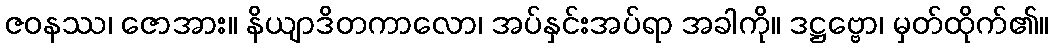
ဇဝနဿ၊ ဇောအား။ နိယျာဒိတကာလော၊ အပ်နှင်းအပ်ရာ အခါကို။ ဒဋ္ဌဗ္ဗော၊ မှတ်ထိုက်၏။